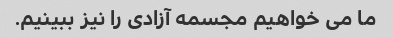
ما می خواهیم مجسمه آزادی را نیز ببینیم.